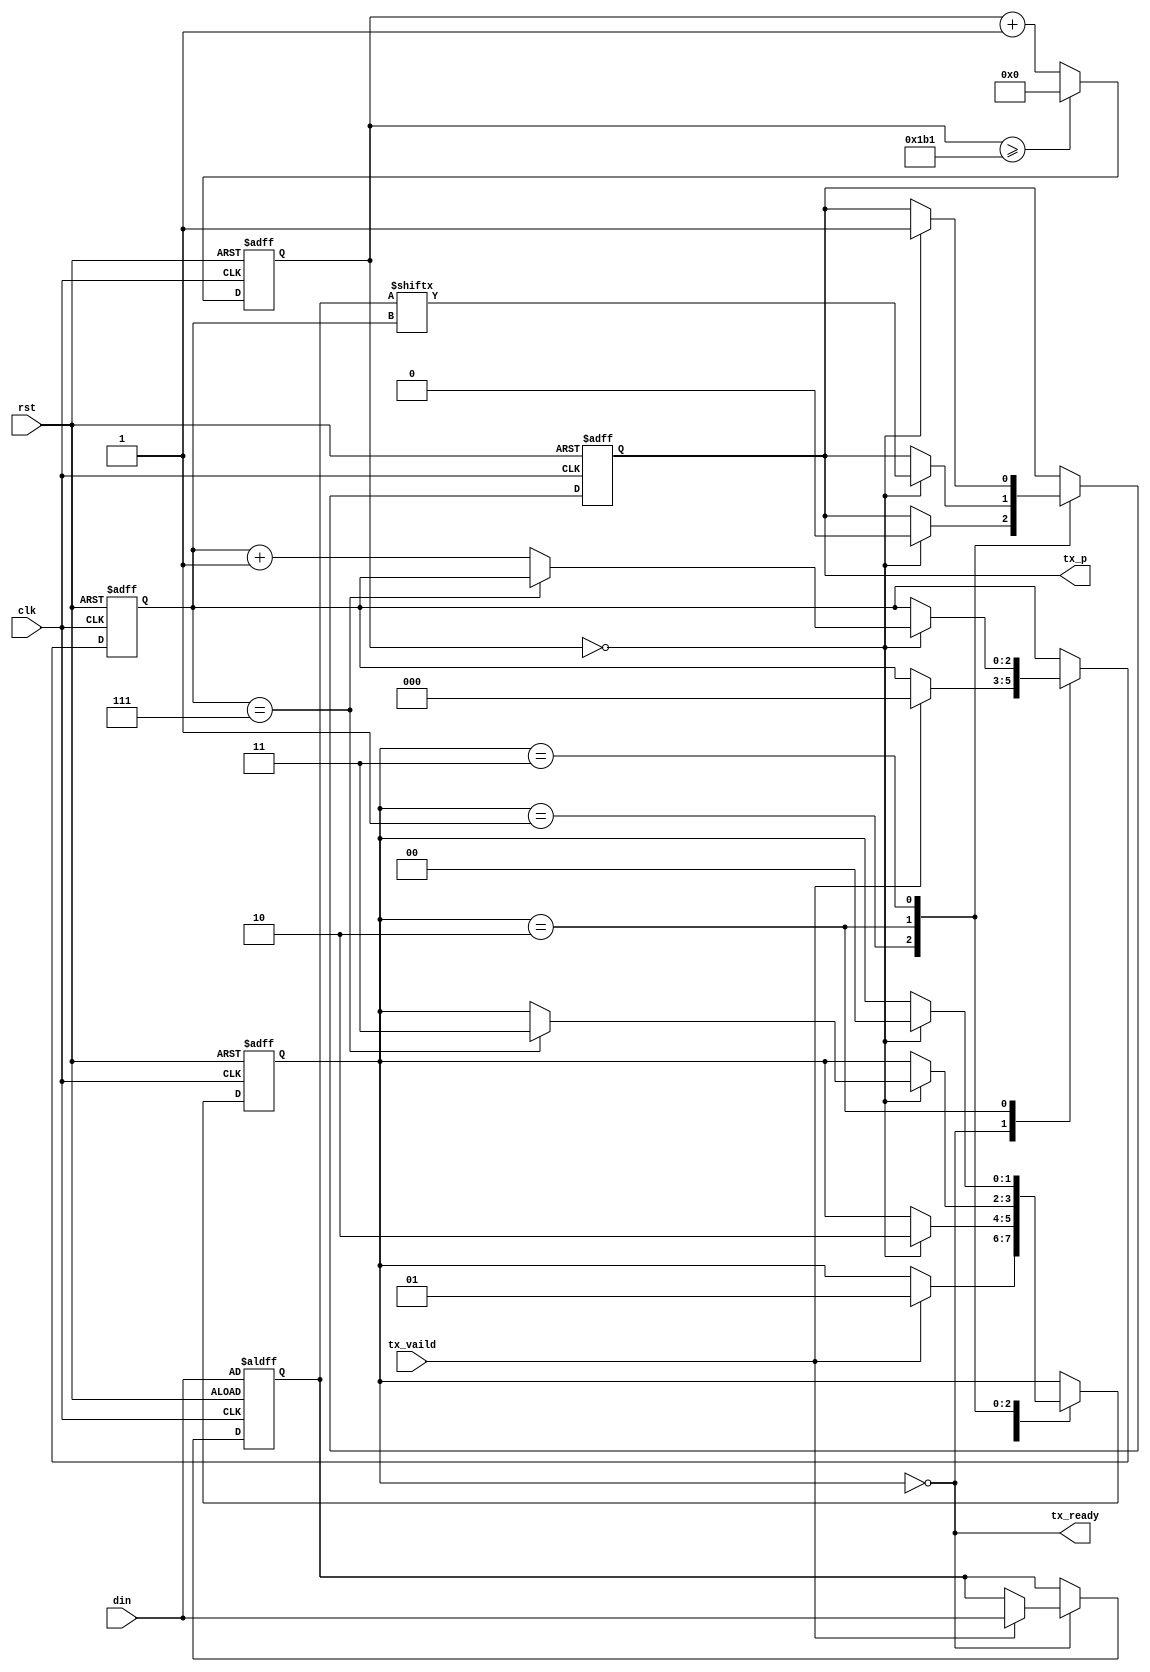
// This program was cloned from: https://github.com/MoonGrt/FPGA-UART_print
// License: MIT License

module uart_tx #(
    parameter CLK_FRE = 50,       // clock frequency (Mhz)
	parameter BAUD_RATE = 115200  // serial baud rate
)(
    input  wire       clk,       // clock input
    input  wire       rst,       // reset input, high active 
    input  wire [7:0] din,       // data to send
    input  wire       tx_vaild,  // sent enable
    output wire       tx_ready,  // send ready
    output reg        tx_p       // serial data output
);

// calculates the clock cycle for baud rate 
localparam CYCLE = CLK_FRE * 1000000 / BAUD_RATE;
// state machine code
localparam STATE_IDLE  = 2'b00;
localparam STATE_START = 2'b01;  // start bit
localparam STATE_DATA  = 2'b10;  // data bits
localparam STATE_STOP  = 2'b11;  // stop bit
reg  [1:0] state = STATE_IDLE;

reg  [7:0] data = 8'h0;
reg  [2:0] bitpos = 3'h0;
reg  [$clog2(CYCLE)+1:0] tx_clkcnt = 0;

wire tx_clk;
assign tx_clk = (tx_clkcnt == 0);
assign tx_ready = (state == STATE_IDLE);

always @(posedge clk or posedge rst) begin
    if (rst)
        tx_clkcnt <= 0;
    else if (tx_clkcnt >= CYCLE - 1)
        tx_clkcnt <= 0;
    else
        tx_clkcnt <= tx_clkcnt + 1;
end

always @(posedge clk or posedge rst) begin
    if (rst) begin
        state <= STATE_IDLE;
        data <= din;
        bitpos <= 3'h0;
        tx_p <= 1'b1;
    end
    else
        case (state)
        STATE_IDLE:
            if (tx_vaild) begin
                state <= STATE_START;
                data <= din;
                bitpos <= 3'h0;
            end
        STATE_START:
            if (tx_clk) begin
                tx_p <= 1'b0;
                state <= STATE_DATA;
            end
        STATE_DATA:
            if (tx_clk) begin
                if (bitpos == 3'h7)
                    state <= STATE_STOP;
                else
                    bitpos <= bitpos + 3'h1;
                tx_p <= data[bitpos];
            end
        STATE_STOP:
            if (tx_clk) begin
                tx_p <= 1'b1;
                state <= STATE_IDLE;
            end
        default:
           state <= STATE_IDLE;
        endcase
end

endmodule